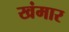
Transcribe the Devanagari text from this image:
खंमार